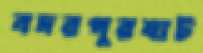
বদরপুরঘাট